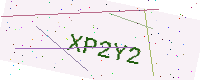
Text: XP2Y2